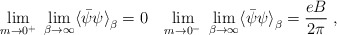
\begin{align*} \lim_{m \rightarrow 0^+} \; \lim_{\beta \rightarrow \infty} \langle {\bar {\psi}} \psi {\rangle}_{\beta} = 0 \;\;\; \lim_{m \rightarrow 0^-} \; \lim_{\beta \rightarrow \infty} \langle {\bar {\psi}} \psi {\rangle}_{\beta}= \frac {eB} {2 \pi} \; ,\end{align*}